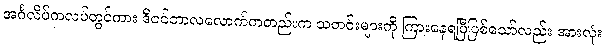
အင်္ဂလိပ်ကလပ်တွင်ကား ဒီဇင်ဘာလလောက်ကတည်းက သတင်းများကို ကြားနေရပြီဖြစ်သော်လည်း အားလုံး